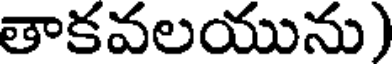
తాకవలయును)